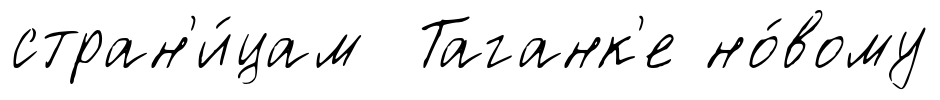
стран'и́цам Таганк'е но́вому